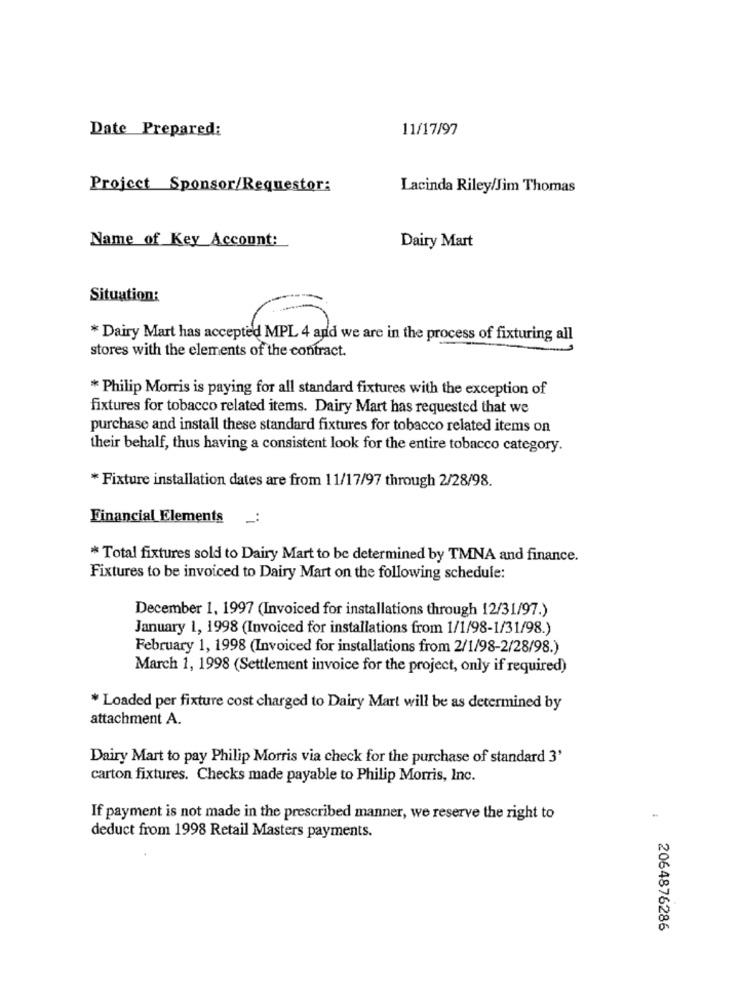
Date Prepared:
11/17/97
Project Sponsor/Requestor:
Lacinda Riley/Jim Thomas
Name of Key Account:
Dairy Mart
Situation:
* Dairy Mart has accepted MPL 4 and we are in the process of fixturing all
stores with the elements of the contract.
* Philip Morris is paying for all standard fixtures with the exception of
fixtures for tobacco related items. Dairy Mart has requested that we
purchase and install these standard fixtures for tobacco related items on
their behalf, thus having a consistent look for the entire tobacco category.
* Fixture installation dates are from 11/17/97 through 2/28/98.
Financial Elements
* Total fixtures sold to Dairy Mart to be determined by TMNA and finance.
Fixtures to be invoiced to Dairy Mart on the following schedule:
December 1, 1997 (Invoiced for installations through 12/31/97.)
January 1, 1998 (Invoiced for installations from 1/1/98-1/31/98.)
February 1, 1998 (Invoiced for installations from 2/1/98-2/28/98.)
March 1, 1998 (Settlement invoice for the project, only if required)
* Loaded per fixture cost charged to Dairy Mart will be as determined by
attachment A.
Dairy Mart to pay Philip Morris via check for the purchase of standard 3'
carton fixtures. Checks made payable to Philip Morris, Inc.
If payment is not made in the prescribed manner, we reserve the right to
deduct from 1998 Retail Masters payments.
2064876286